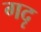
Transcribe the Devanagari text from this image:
गदृ